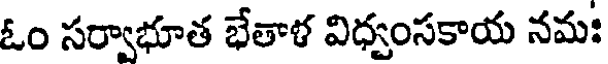
ఓం సర్వాభూత భేతాళ విధ్వంసకాయ నమః